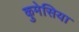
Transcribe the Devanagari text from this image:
कुमेसिया